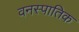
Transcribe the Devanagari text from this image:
वनस्पातिक